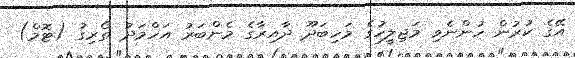
އޭގެ ކުރުން ހުންނެވި މަޖިލީހުގެ މަހިބަދޫ ދާއިރާގެ މެންބަރު އަހްމަދު ތޯރިގު (ޓޮމް)